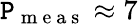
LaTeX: \mathtt{P}_{\mathrm{{~m~e~a~s~}}}\approx7